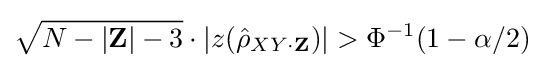
{\sqrt {N-|\mathbf {Z} |-3}}\cdot |z({\hat {\rho }}_{XY\cdot \mathbf {Z} })|>\Phi ^{-1}(1-\alpha /2)